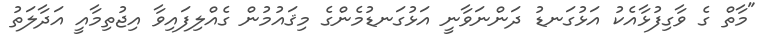
"މާތް ގެ ވާގިފުޅާއެކު އަޅުގަނޑު ދަންނަވާނީ އަޅުގަނޑުމެންގެ މިޤައުމުން ގެއްލިފައިވާ އިޖުތިމާއީ އަދާލަތު